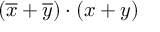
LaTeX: ( { \overline { { x } } } + { \overline { { y } } } ) \cdot ( x + y )